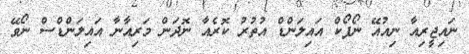
ނައިޖީރިއާ ނިއުއޭ ނޯފޯކް އައިލަންޑް އުތުރު ކޮރެއާ ނޮދަން މަރިއާނާ އައިލަންޑްސް ނޯވޭ